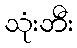
သုံးဘီး